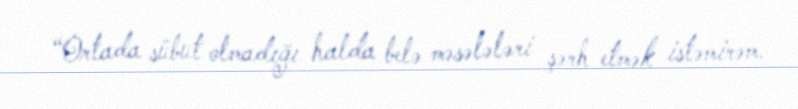
“Ortada sübut olmadığı halda belə məsələləri şərh etmək istəmirəm.